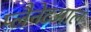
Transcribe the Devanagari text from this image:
प्लैनेटआल